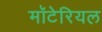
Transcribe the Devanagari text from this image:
मॉटेरियल